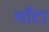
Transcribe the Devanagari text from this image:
भाँटा